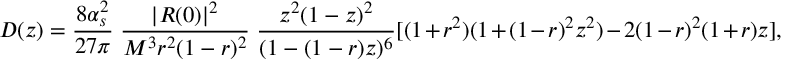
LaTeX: D ( z ) = \frac { 8 \alpha _ { s } ^ { 2 } } { 2 7 \pi } \; \frac { | R ( 0 ) | ^ { 2 } } { M ^ { 3 } r ^ { 2 } ( 1 - r ) ^ { 2 } } \; \frac { z ^ { 2 } ( 1 - z ) ^ { 2 } } { ( 1 - ( 1 - r ) z ) ^ { 6 } } [ ( 1 + r ^ { 2 } ) ( 1 + ( 1 - r ) ^ { 2 } z ^ { 2 } ) - 2 ( 1 - r ) ^ { 2 } ( 1 + r ) z ] ,